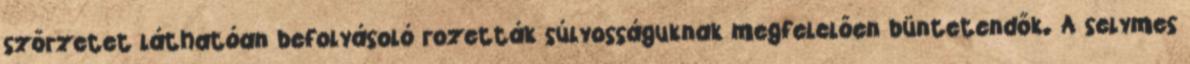
szőrzetet láthatóan befolyásoló rozetták súlyosságuknak megfelelően büntetendők. A selymes